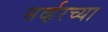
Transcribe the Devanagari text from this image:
सर्व्हरच्या